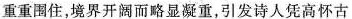
重重围住，境界开阔而略显凝重，引发诗人凭高怀古